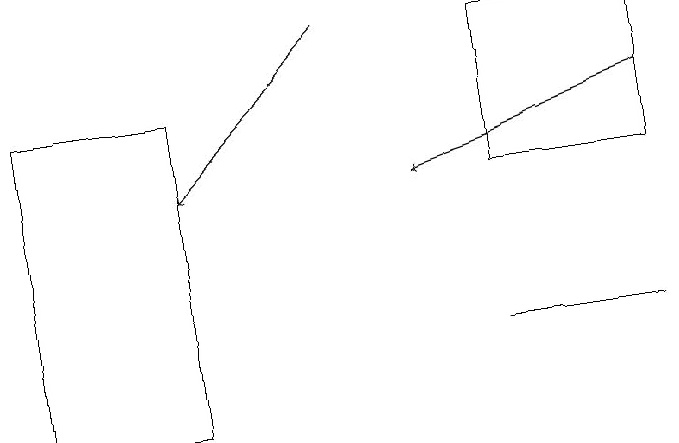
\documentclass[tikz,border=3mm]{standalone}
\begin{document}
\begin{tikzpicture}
\draw (1,11) rectangle (3,15);
\draw[->] (9,15) -- (6,14);
\draw (9,12) rectangle (7,12);
\draw (7,16) rectangle (9,14);
\draw[->] (5,16) -- (3,14);
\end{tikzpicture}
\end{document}